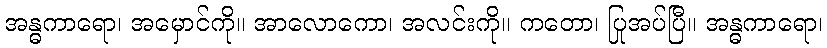
အန္ဓကာရော၊ အမှောင်ကို။ အာလောကော၊ အလင်းကို။ ကတော၊ ပြုအပ်ပြီ။ အန္ဓကာရော၊